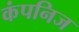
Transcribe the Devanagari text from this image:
कंपनिज